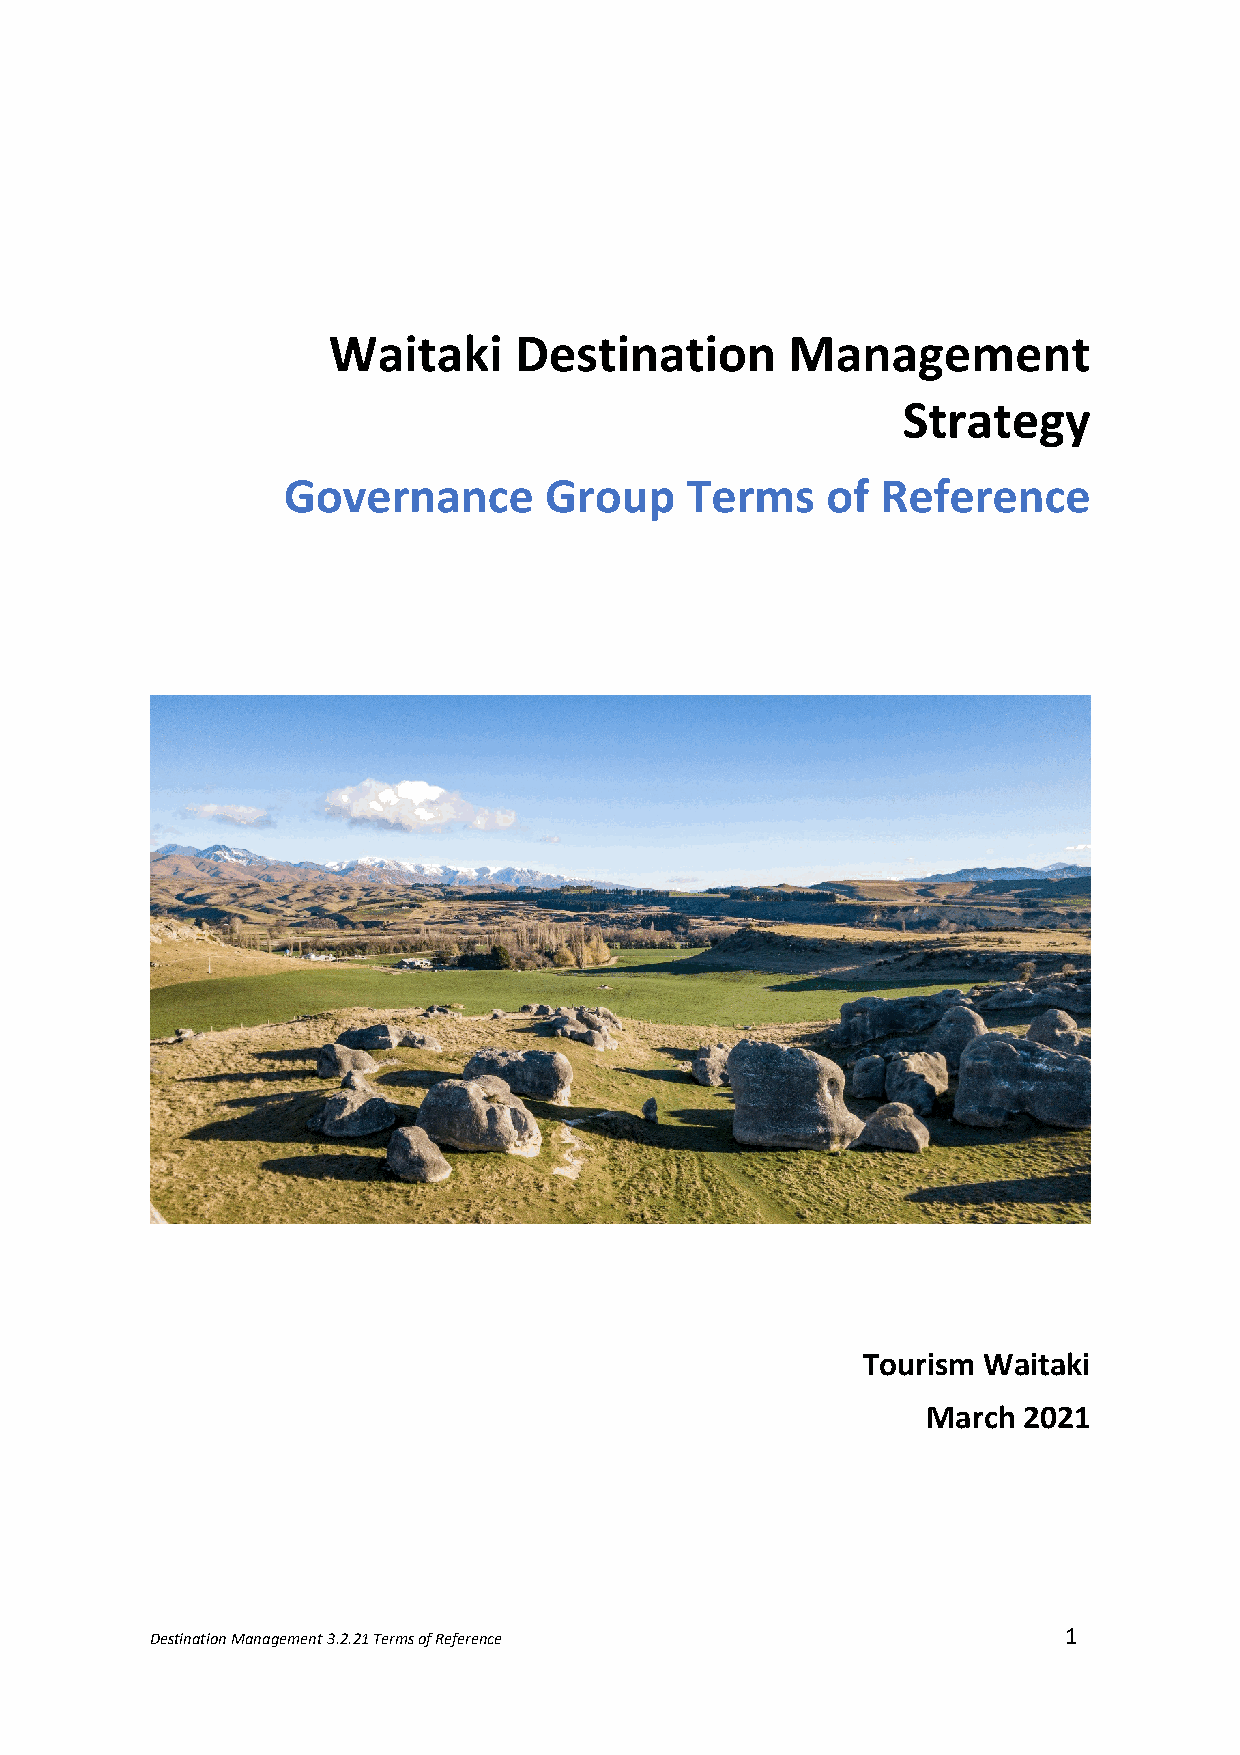
Waitaki     Destination       Management
 Strategy
 Governance       Group    Terms     of Reference
 Tourism Waitaki
 March  2021
 Destination Management 3.2.21 Terms of Reference            1